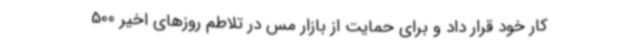
کار خود قرار داد و برای حمایت از بازار مس در تلاطم روزهای اخیر 500